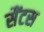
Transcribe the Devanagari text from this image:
सैंटस